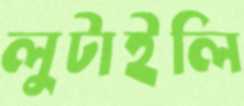
লুটাইলি